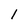
Character: 1